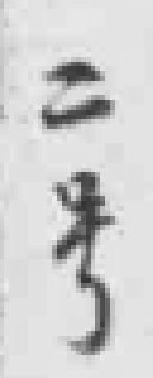
二号